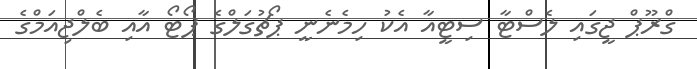
ގްރޫޕް ޖީގައި ލެސްޓާ ސިޓީއާ އެކު ހިމެނެނީ ޕޯޗުގަލްގެ ޕޯޓޯ އާއި ބެލްޖިއަމްގެ